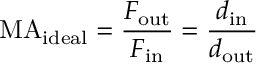
\mathrm { M A } _ { \mathrm { i d e a l } } = { \frac { F _ { \mathrm { o u t } } } { F _ { \mathrm { i n } } } } = { \frac { d _ { \mathrm { i n } } } { d _ { \mathrm { o u t } } } }